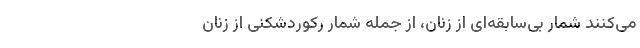
می‌کنند شمار بی‌سابقه‌ای از زنان، از جمله شمار رکوردشکنی از زنان